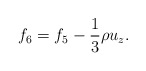
\begin{align*}{f_6} = {f_5} - \frac{1}{3}\rho {u_z}.\end{align*}